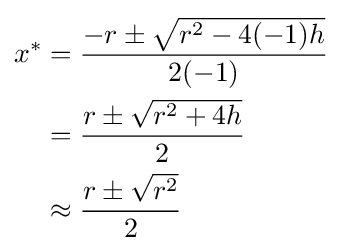
{\begin{aligned}x^{*}&={-r\pm {\sqrt {r^{2}-4(-1)h}} \over 2(-1)}\\&={r\pm {\sqrt {r^{2}+4h}} \over 2}\\&\approx {r\pm {\sqrt {r^{2}}} \over 2}\end{aligned}}